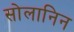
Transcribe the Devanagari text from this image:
सोलानिन